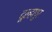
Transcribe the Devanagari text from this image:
दूल्हापुर